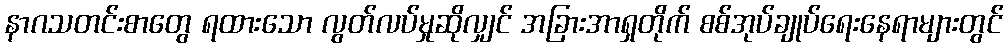
နာဂသတင်းစာတွေ ရထားသော လွတ်လပ်မှုဆိုလျှင် အခြားအာရှတိုက် စစ်အုပ်ချုပ်ရေးနေရာများတွင်